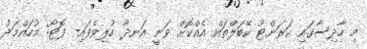
މި ހާދިސާގައި ކަރަންޓު ކޭބަލްތައް އެއްކޮށް ވަނީ އަނދާ ހުލިވެފައި- ފޮޓޯ: މުހައްމަދު